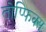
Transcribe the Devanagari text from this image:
तोप्फिक्स